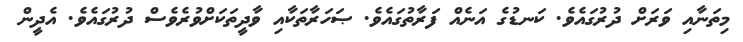
މިތަނާއި ވަރަށް ދުރުގައެވެ. ކަނޑުގެ އަނެއް ފަރާތުގައެވެ. ޞަހަރާތަކާއި ވާދީތަކަށްވުރެވެސް ދުރުގައެވެ. އެދީން